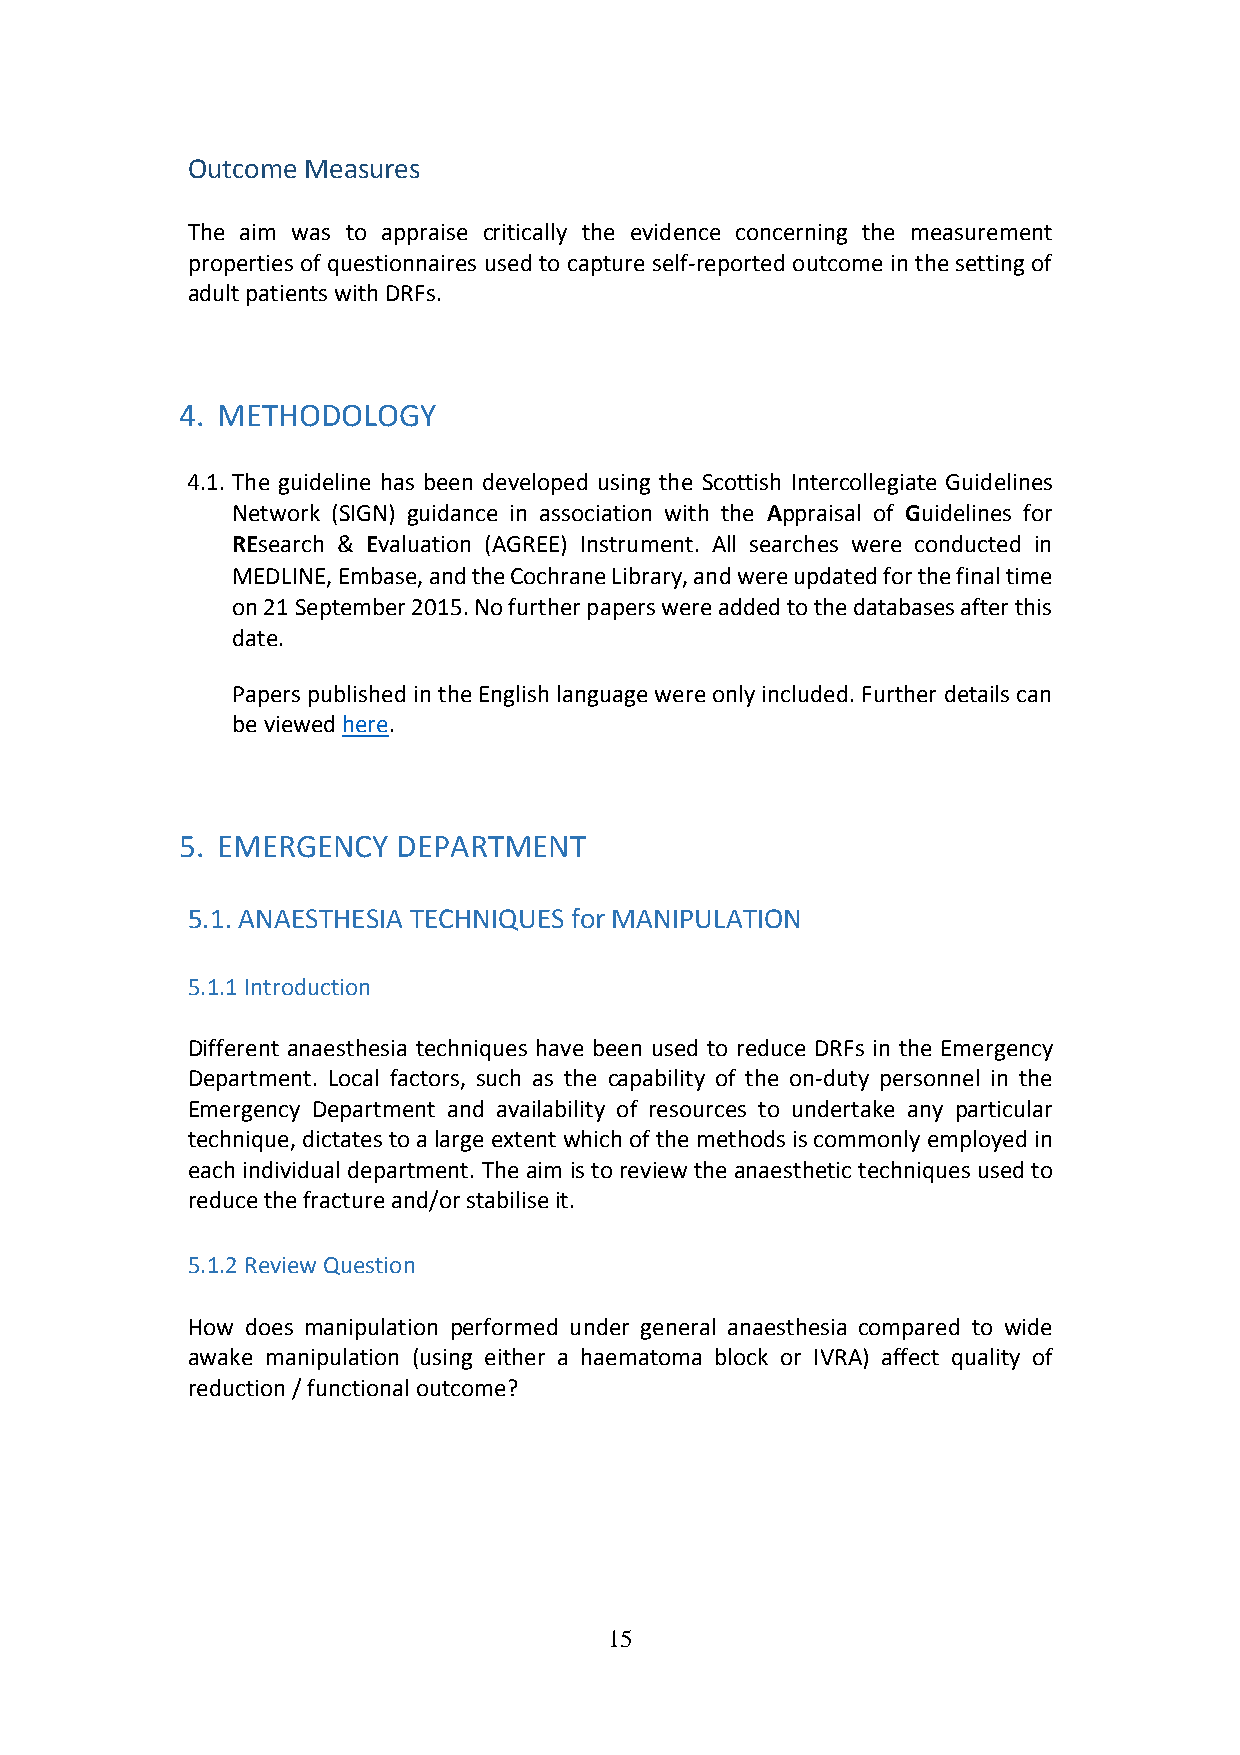
Outcome Measures
 The aim was to appraise critically the evidence concerning the measurement
 properties of questionnaires used to capture self-reported outcome in the setting of
 adult patients with DRFs.
 4. METHODOLOGY
 4.1. The guideline has been developed using the Scottish Intercollegiate Guidelines
 Network (SIGN) guidance in association with the Appraisal of Guidelines for
 REsearch & Evaluation (AGREE) Instrument. All searches were conducted in
 MEDLINE, Embase, and the Cochrane Library, and were updated for the final time
 on 21 September 2015. No further papers were added to the databases after this
 date.
 Papers published in the English language were only included. Further details can
 be viewed here.
 5. EMERGENCY  DEPARTMENT
 5.1. ANAESTHESIA TECHNIQUES for MANIPULATION
 5.1.1 Introduction
 Different anaesthesia techniques have been used to reduce DRFs in the Emergency
 Department. Local factors, such as the capability of the on-duty personnel in the
 Emergency Department and availability of resources to undertake any particular
 technique, dictates to a large extent which of the methods is commonly employed in
 each individual department. The aim is to review the anaesthetic techniques used to
 reduce the fracture and/or stabilise it.
 5.1.2 Review Question
 How does manipulation performed under general anaesthesia compared to wide
 awake manipulation (using either a haematoma block or IVRA) affect quality of
 reduction / functional outcome?
 15